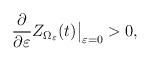
LaTeX: \begin{align*}\frac{\partial}{\partial \varepsilon} Z_{\Omega_{\varepsilon}}(t)\big|_ {\varepsilon=0} >0,\end{align*}